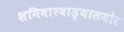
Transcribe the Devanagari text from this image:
शनिवारवाड्यासमोर